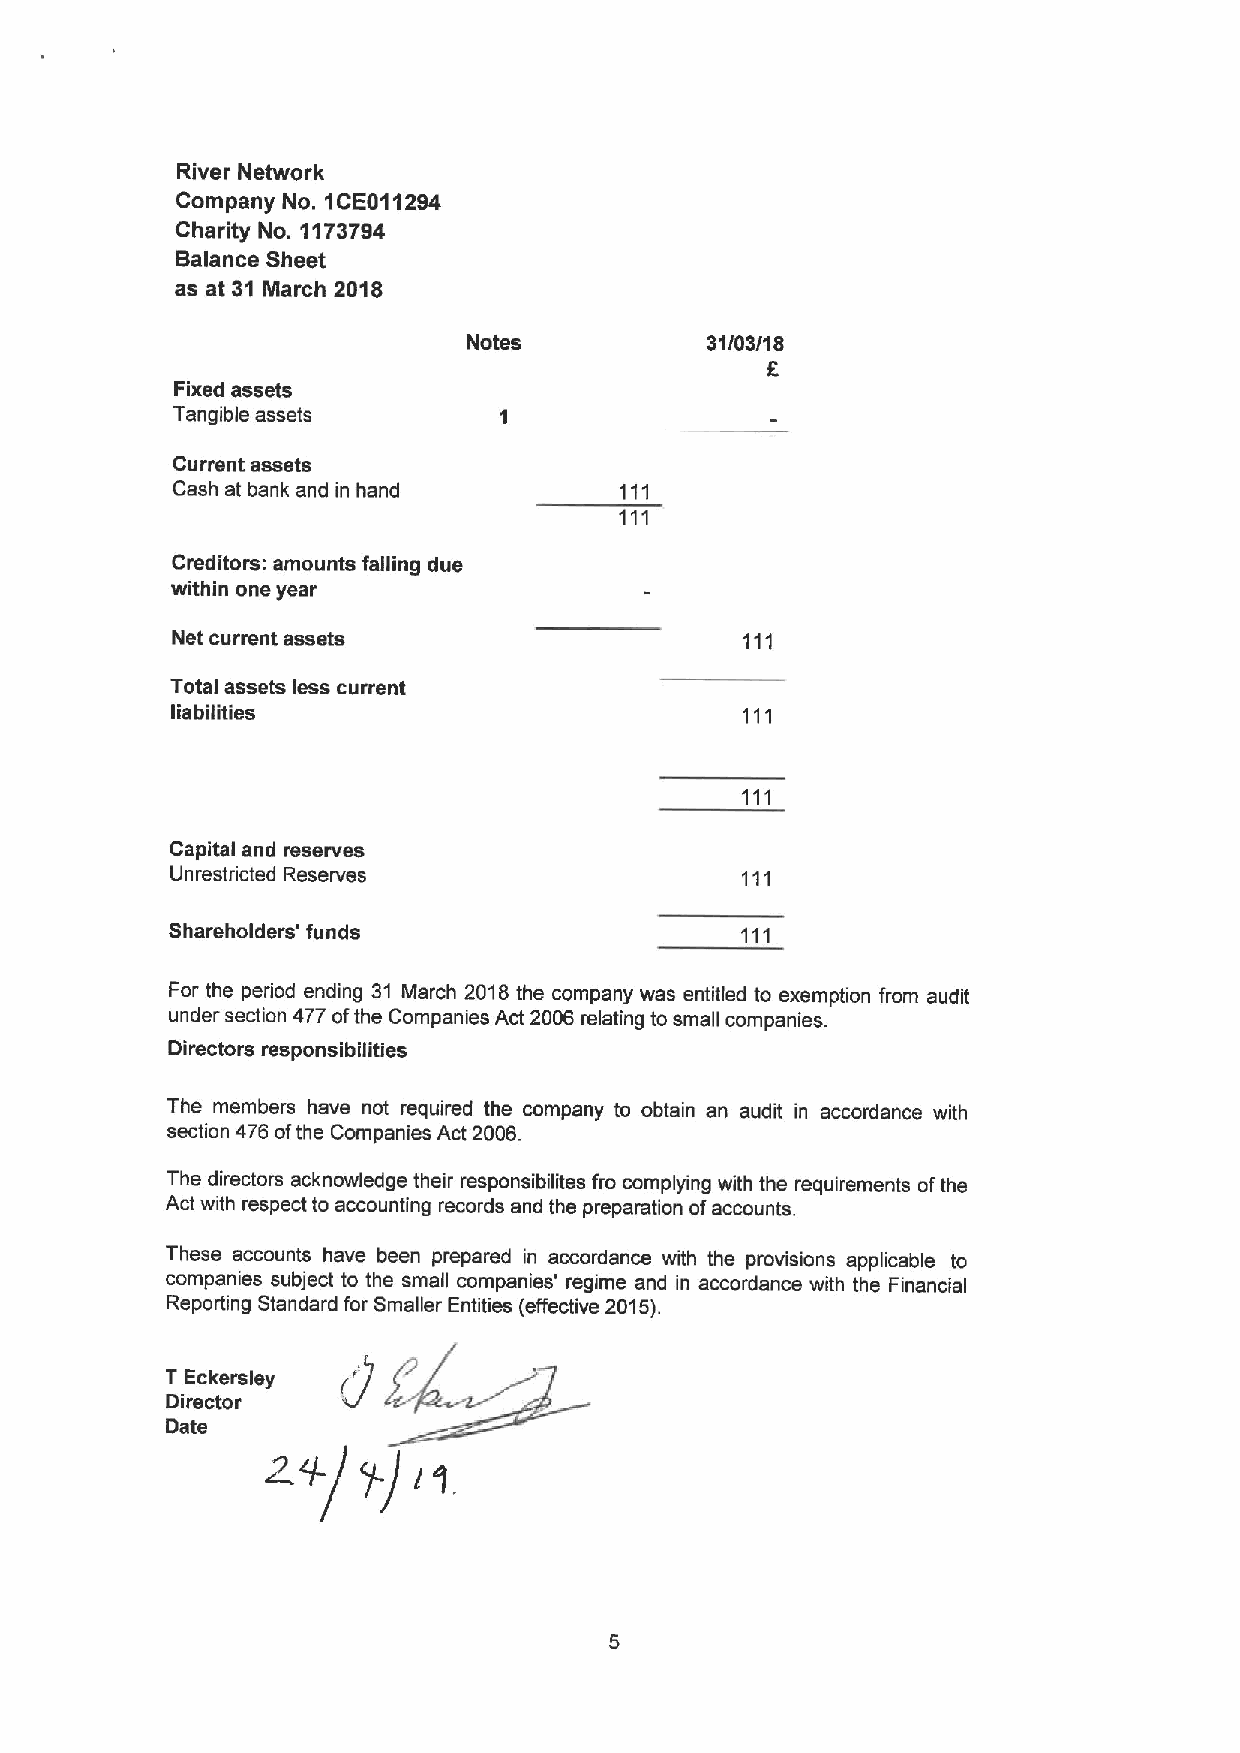
River Network
 Company No. 1CE011294
 Charity No. 1173794
 Balance Sheet
 as at 31 March 2018
 Notes           31/03/1 8
 Fixed assets
 Tangible assets
 Current assets
 Cash at bank and in hand
 Creditors: amounts falling due
 within one year
 Net current assets
 Total assets less current
 liabilities
 Capital and reserves
 Unrestricted Reserves
 Shareholders' funds
 For the period ending 31 March 2018the company was entitled to exemption from audit
 under section 477 ofthe Companies Act 2006 relating to small companies.
 Directors responsibilities
 The members have not required the company to obtain an audit in accordance with
 section 476 ofthe Companies Act 2006.
 The directors acknowledge their responsibilites fro complying with the requirements ofthe
 Act with respect to accounting records and the preparation ofaccounts.
 These accounts have been prepared in accordance with the provisions applicable to
 companies subject to the small companies' regime and in accordance with the Financial
 Reporting Standard for Smaller Entities (effective 2015).
 T Eckersley
 Director
 Date